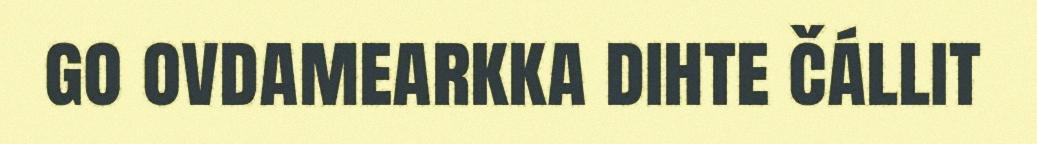
go ovdamearkka dihte čállit